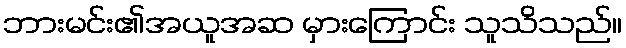
ဘားမင်း၏အယူအဆ မှားကြောင်း သူသိသည်။